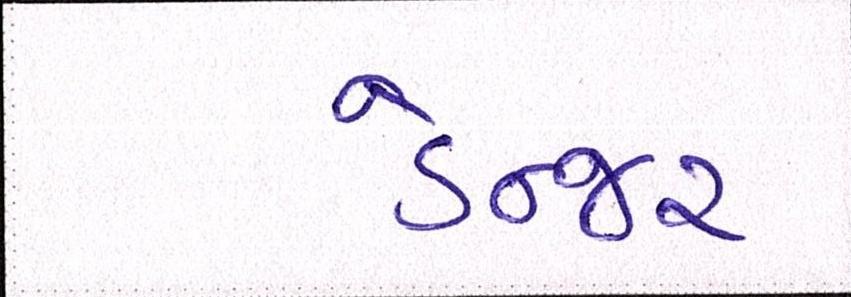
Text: ડેન્જર